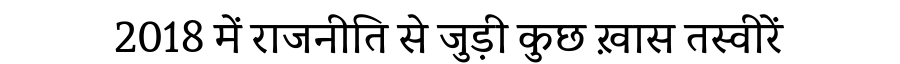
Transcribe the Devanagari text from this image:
2018 में राजनीति से जुड़ी कुछ ख़ास तस्वीरें